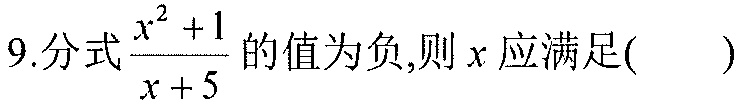
9.分式\(\frac{x^{2}+1}{x + 5}\)的值为负,则\(x\)应满足( )